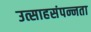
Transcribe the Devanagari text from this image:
उत्साहसंपन्नता